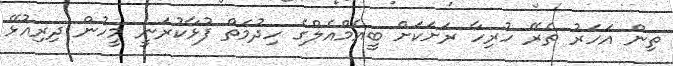
ތިން އަހަރު ތެރޭ ހުރިހާ ރަށަކަށް ބީއެމްއެލްގެ ހިދުމަތް ފުޅާކުރަނީ މީހުން ދިރިއުޅޭ